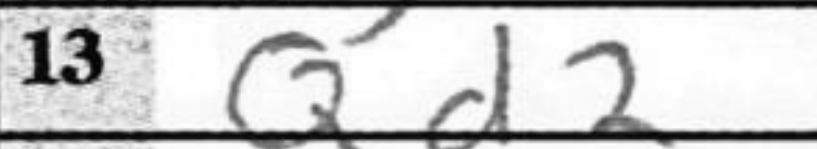
Transcription: Qd2